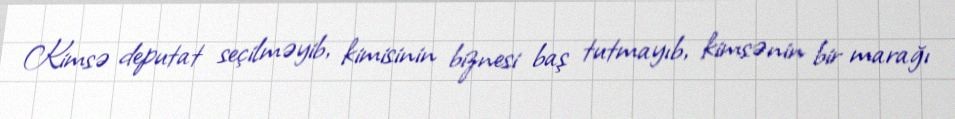
Kimsə deputat seçilməyib, kimisinin biznesi baş tutmayıb, kimsənin bir marağı